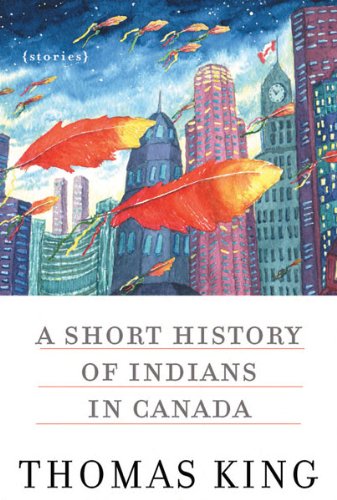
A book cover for A Short History of Indians in Canada: Stories; Thomas King; Literature & Fiction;